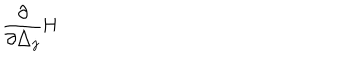
\frac \partial { \partial \triangle _ { j } } \mathrm { H }